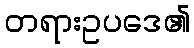
တရားဥပဒေ၏